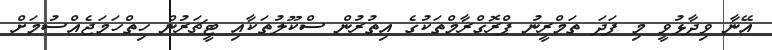
އޭނާ ވިދާޅުވީ މި ފަދަ ތަމްރީނު ޕްރޮގްރާމްތަކުގެ އިތުރުން ސްކޫލުތަކާއި ޓީޗަރުން ހިތްހަމަޖެއްސުމަށް